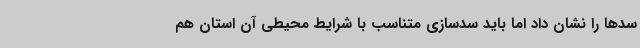
سدها را نشان داد اما باید سدسازی متناسب با شرایط محیطی آن استان هم